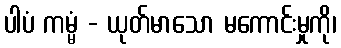
ပါပံ ကမ္မံ - ယုတ်မာသော မကောင်းမှုကို၊